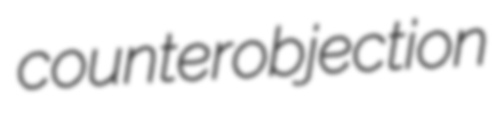
counterobjection